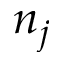
n _ { j }